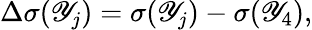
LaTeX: \Delta\sigma(\mathscr{Y}_{j})=\sigma(\mathscr{Y}_{j})-\sigma(\mathscr{Y}_{4}),